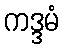
ကဒ္ဒမံ